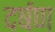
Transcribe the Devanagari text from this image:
दर्षण